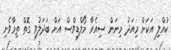
ކުއްލި އަކަށް މިއަދު މިނަން ސިއެރާ މޯލްޑިވްސް އަށް ބަދަލުވި ގޮތް ތިމާވެށި